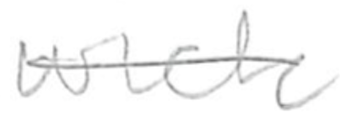
Text: wick
Cross-out: single-line
Writing tool: pencil